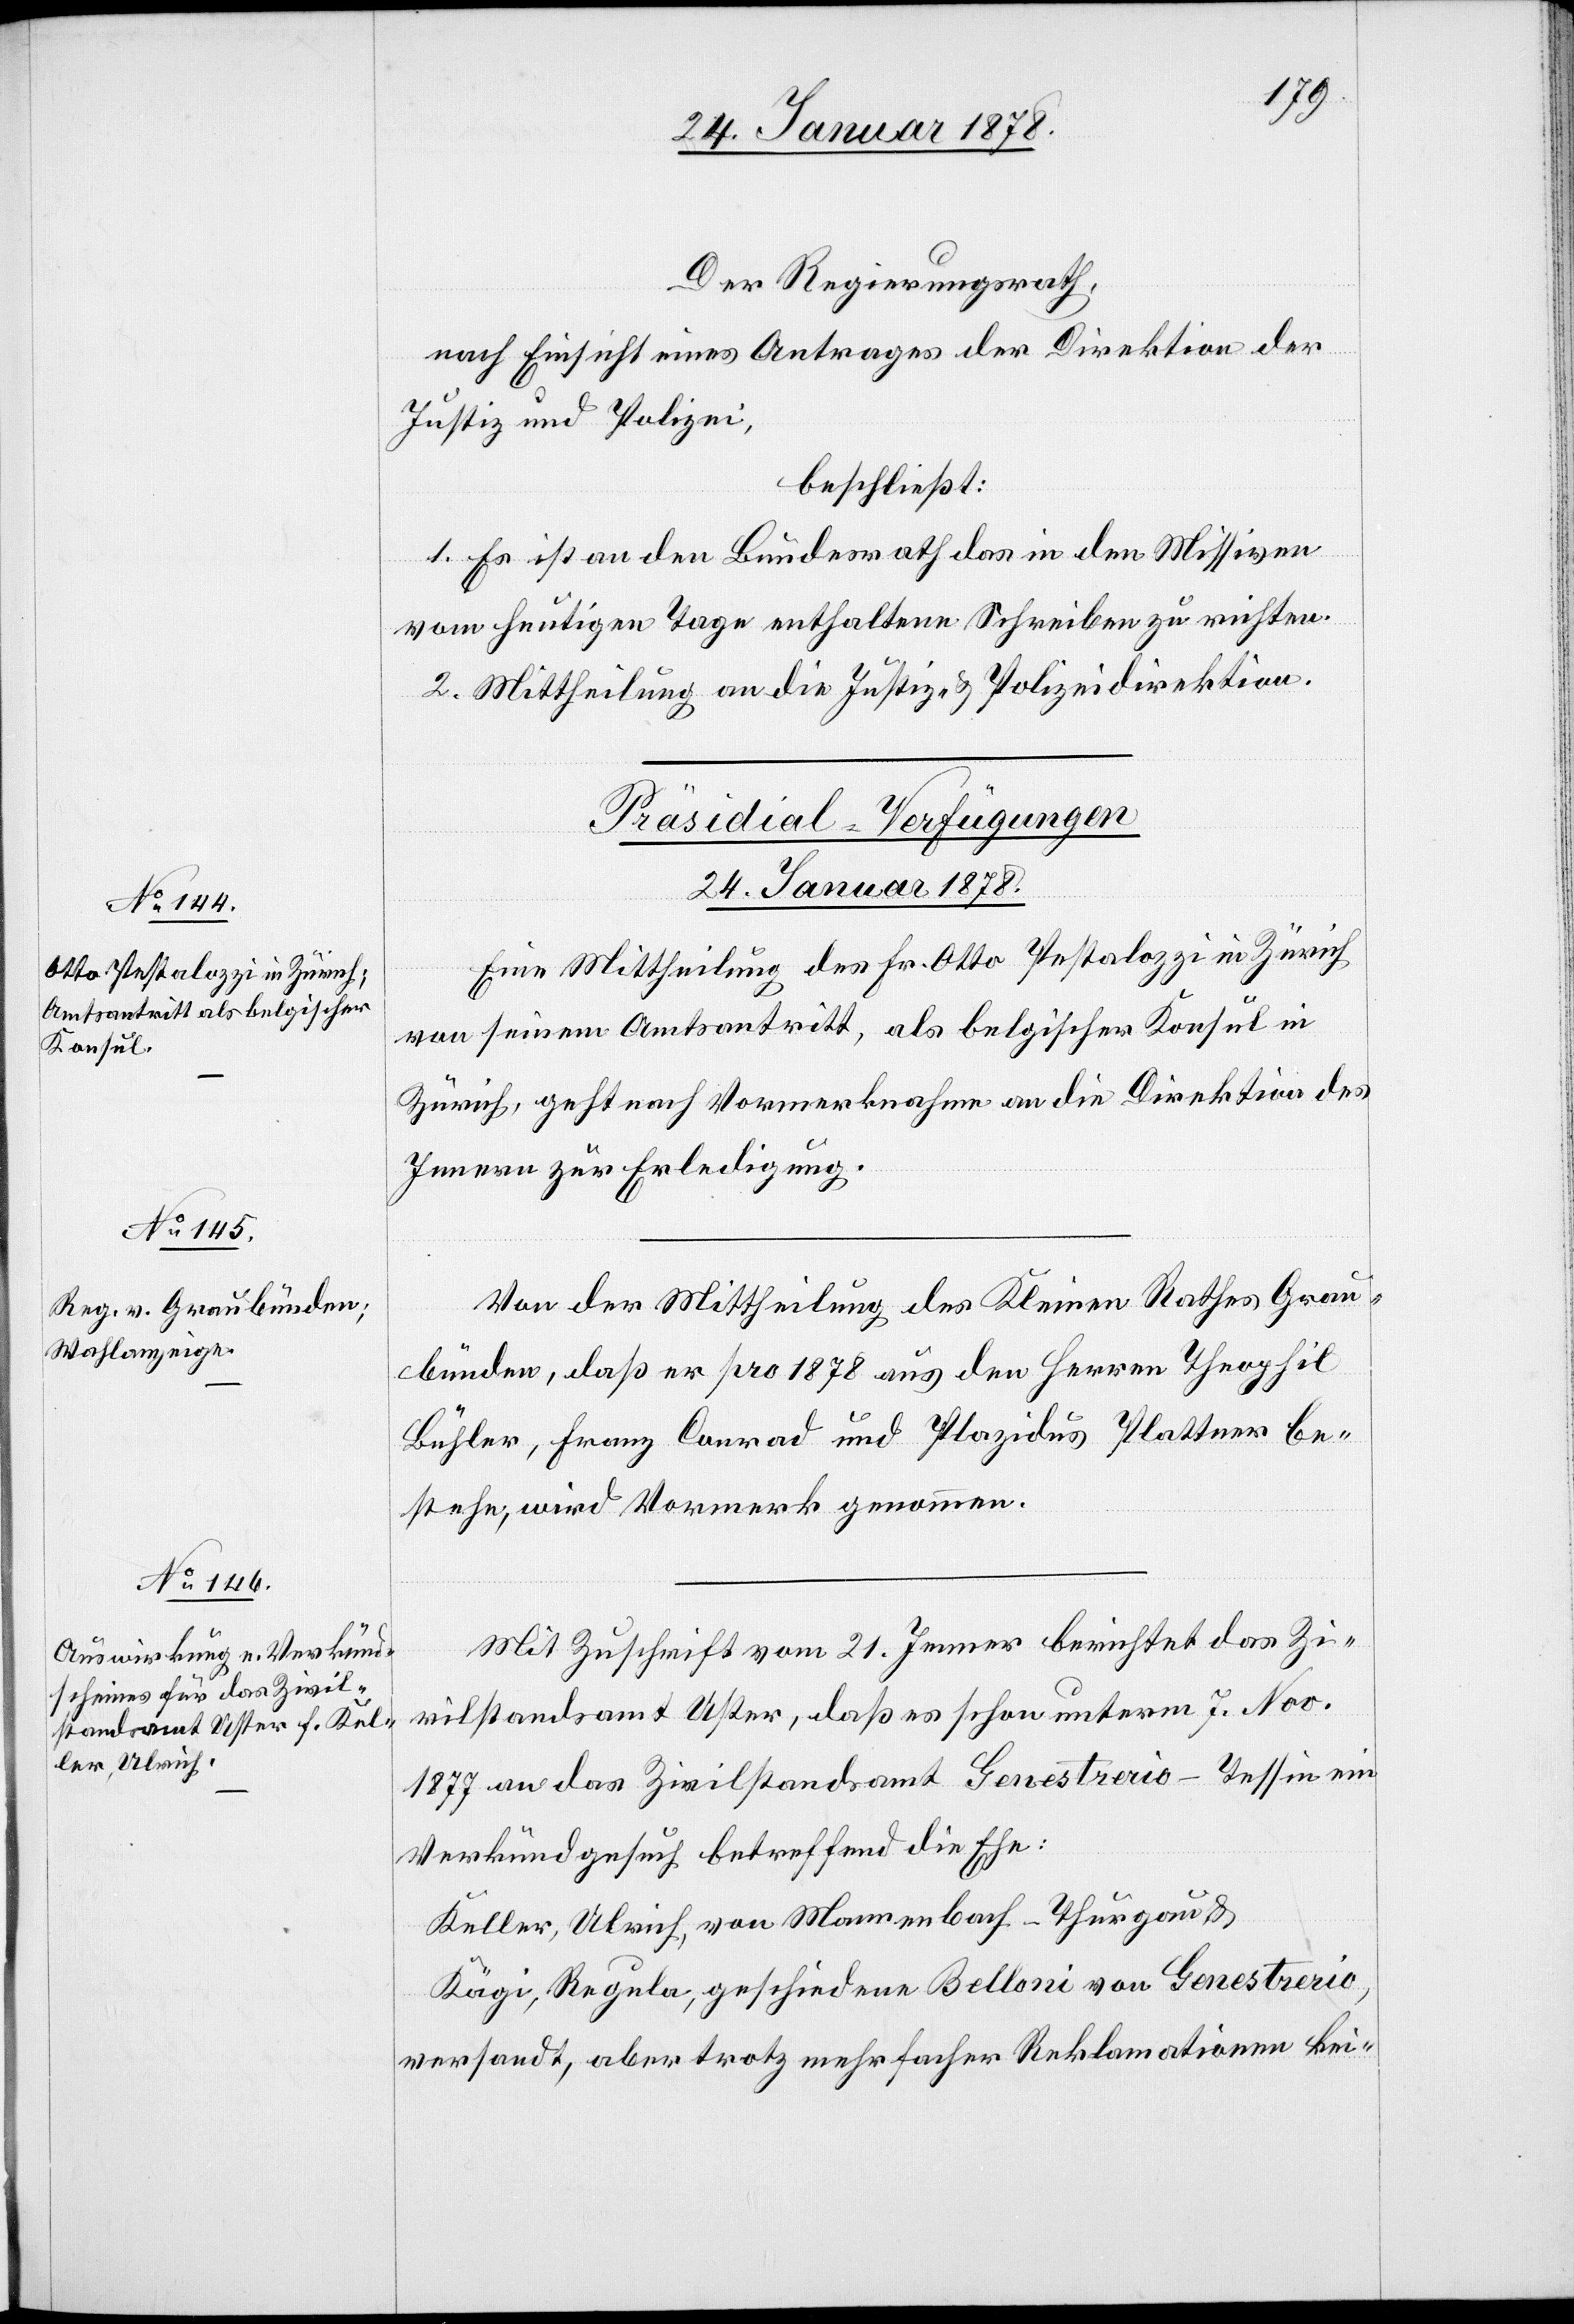
Der Regierungsrath,
nach Einsicht eines Antrages der Direktion der
Justiz & Polizei,
beschließt:
1. Es ist an den Bundesrath das in den Missiven
vom heutigen Tage enthaltene Schreiben zu richten.
2. Mittheilung an die Justiz- & Polizeidirektion.
[Präsidial-Verfügungen
24. Januar 1878.]
Eine Mittheilung des Hr. Otto Pestalozzi in Zürich
von seinem Amtsantritt, als belgischer Konsul in
Zürich, geht nach Vormerknahme an die Direktion des
Innern zur Erledigung.
Von der Mittheilung des Kleinen Rathes Grau¬
bünden, daß er pro 1878 aus den Herren Theophil
Bühler, Franz Conrad und Plazidus Plattner be¬
stehe, wird Vormerk genommen.
Mit Zuschrift vom 21. Jenner berichtet das Zi¬
vilstandsamt Uster, daß es schon unterm 7. Nov.
1877 an das Zivilstandsamt Genestrerio - Tessin ein
Verkündgesuch betreffend die Ehe:
Keller, Ulrich, von Mannenbach - Thurgau &
Kägi, Regula, geschiedene Belloni von Genestrerio,
versandt, aber trotz mehrfacher Reklamationen kei-